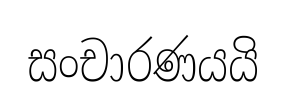
සංචාරණයයි